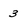
Character: 3